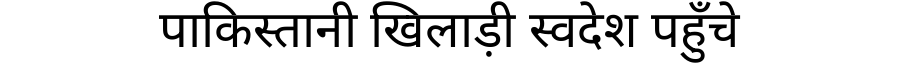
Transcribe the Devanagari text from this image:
पाकिस्तानी खिलाड़ी स्वदेश पहुँचे